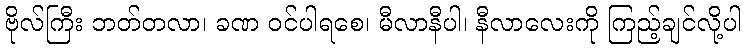
ဗိုလ်ကြီး ဘတ်တလာ၊ ခဏ ဝင်ပါရစေ၊ မီလာနီပါ၊ နီလာလေးကို ကြည့်ချင်လို့ပါ